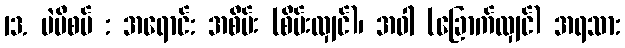
13. ပဲပိစပ် : အရောင်: အစိမ်း (စိမ်းလျှင်)၊ အဝါ (ခြောက်လျှင်) အရသာ: